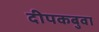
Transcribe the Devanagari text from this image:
दीपकबुवा